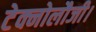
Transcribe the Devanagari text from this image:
टेक्नोलौजी।